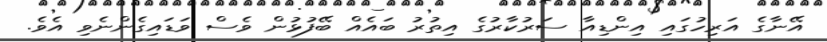
އޭނާގެ އަރިހުގައި އިންޑިއާ ސަރުކާރުގެ އިތުރު ބައެއް ބޭފުޅުން ވެސް ވަޑައިގެންނެވި އެވެ.